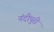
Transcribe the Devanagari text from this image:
नंदीपुरी